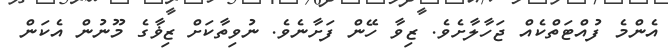
އެންމެ ފުއްޓަތްކެއް ޖަހާލާށެވެ. ޒިވާ ހޭން ފަށާނެވެ. ނުވިތާކަށް ޒިޥާގެ މޫނުން އެކަން